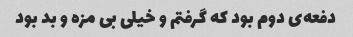
دفعه‌ی دوم بود که گرفتم و خیلی بی مزه و بد بود